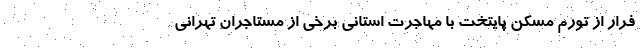
فرار از تورم مسکن پایتخت با مهاجرت استانی برخی از مستاجران تهرانی